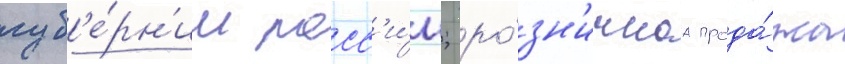
губ'е́рн'ии росс'и́и; ро́зн'ичнаа прода́жа